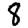
Digit: 8